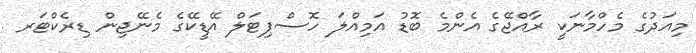
މިއަދުގެ މެހްމާނަކީ ރާއްޖޭގެ އެންމެ ބޮޑު އަމިއްލަ ހޮސްޕިޓަލް އޭޑީކޭގެ މެނޭޖިން ޑިރެކްޓަރ